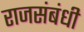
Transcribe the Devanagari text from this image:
राजसंबंधी